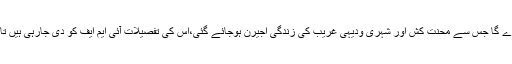
یہ سب مہنگائی میں ہوشربا اضافہ کردے گا جس سے محنت کش اور شہری ودیہی غریب کی زندگی اجیرن ہوجائے گئی،اس کی تفصیلات آئی ایم ایف کو دی جارہی ہیں تاکہ اس سے قرضے حاصل کئے جائیں۔